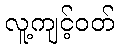
လူ့ကျင့်ဝတ်